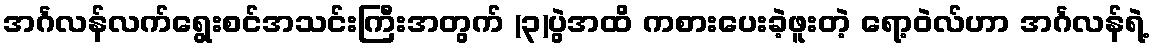
အင်္ဂလန်လက်ရွေးစင်အသင်းကြီးအတွက် (၃)ပွဲအထိ ကစားပေးခဲ့ဖူးတဲ့ ရော့ဝဲလ်ဟာ အင်္ဂလန်ရဲ့